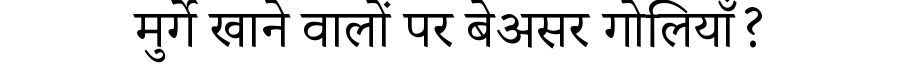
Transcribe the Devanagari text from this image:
मुर्गे खाने वालों पर बेअसर गोलियाँ?